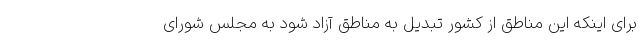
برای اینکه این مناطق از کشور تبدیل به مناطق آزاد شود به مجلس شورای